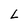
Character: L